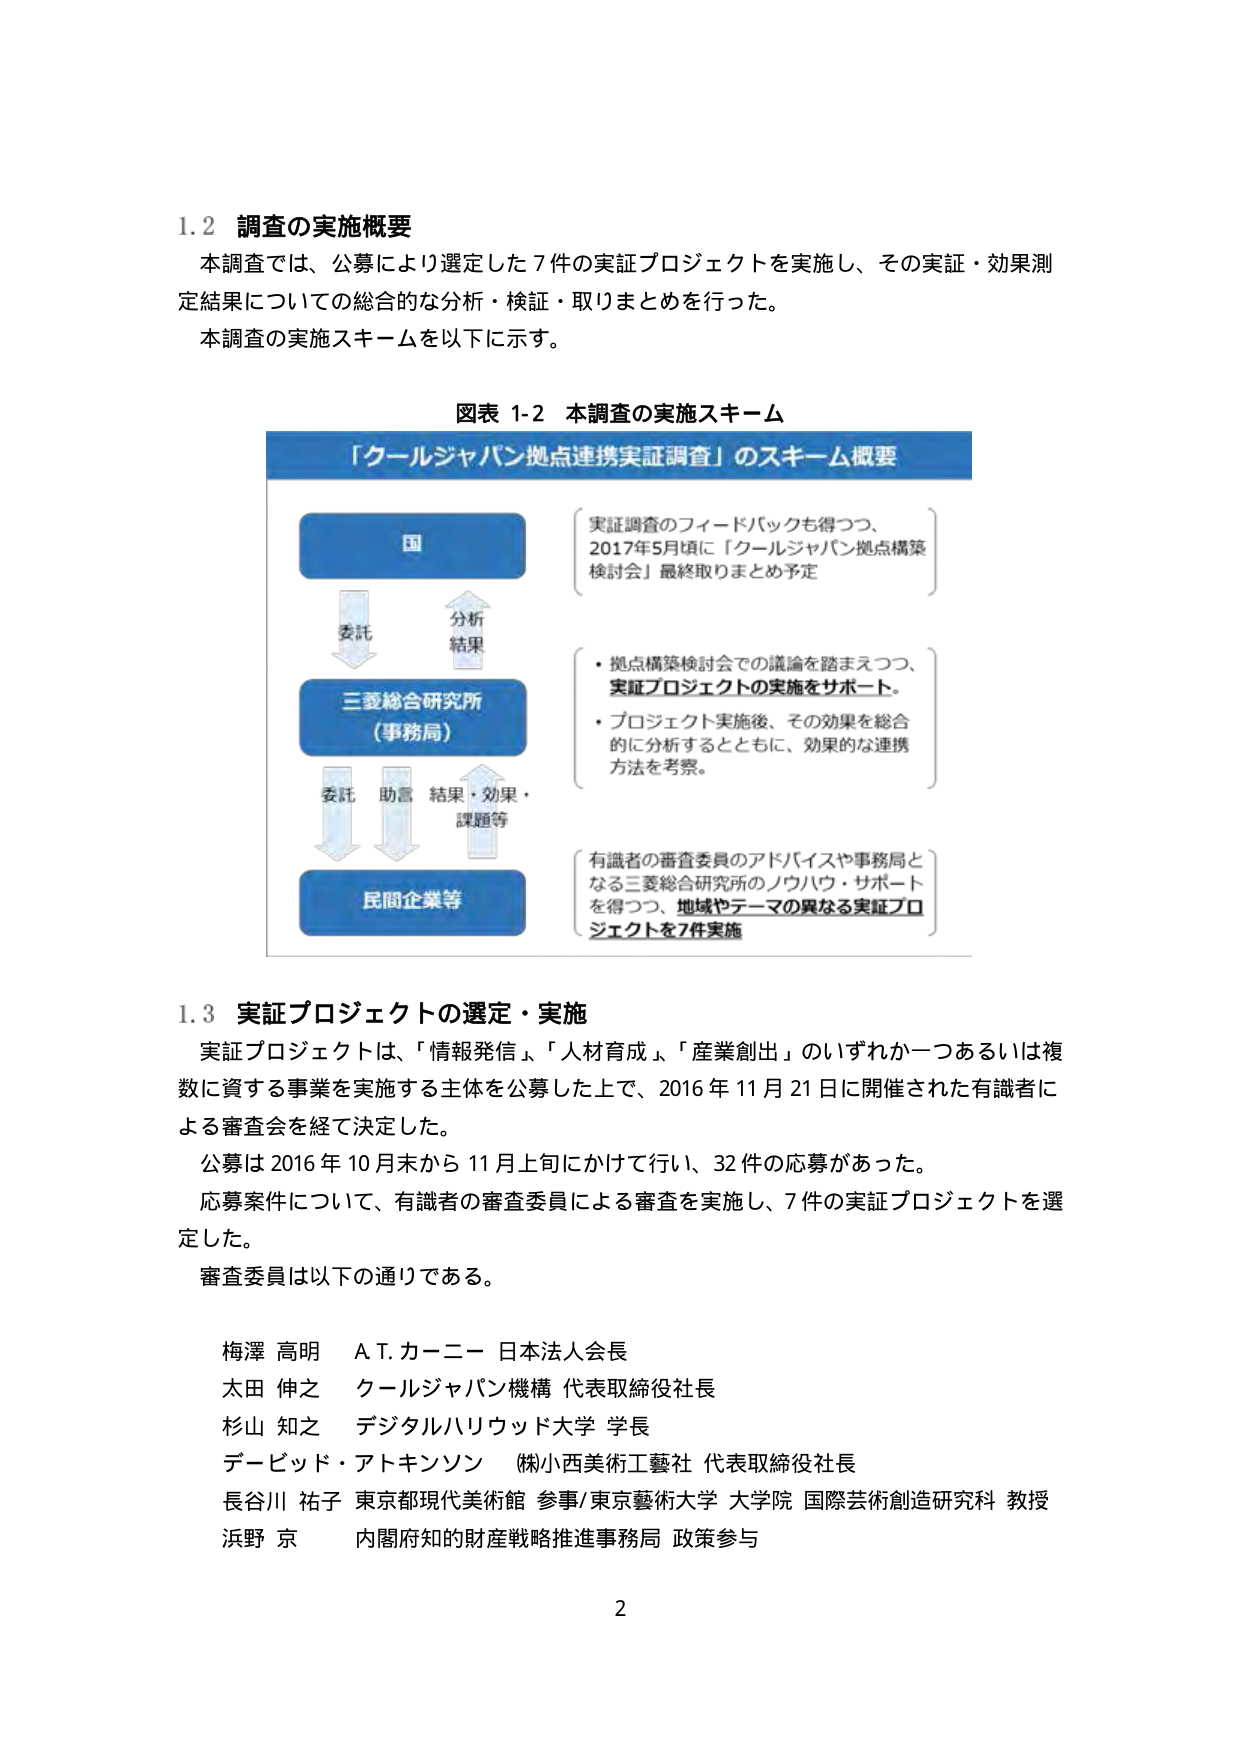
1.2 調査の実施概要
本調査では、公募により選定した7件の実証プロジェクトを実施し、その実証・効果測定結果についての総合的な分析・検証・取りまとめを行った。
本調査の実施スキームを以下に示す。

図表 1-2 本調査の実施スキーム
「クールジャパン拠点連携実証調査」のスキーム概要

国
委託
分析結果

三菱総合研究所
（事務局）
委託 助言 結果・効果・課題等

民間企業等

実証調査のフィードバックも得つつ、
2017年5月頃に「クールジャパン拠点構築検討会」最終取りまとめ予定

・拠点構築検討会での議論を踏まえつつ、
実証プロジェクトの実施をサポート。
・プロジェクト実施後、その効果を総合的に分析するとともに、効果的な連携方法を考察。

有識者の審査委員のアドバイスや事務局となる三菱総合研究所のノウハウ・サポートを得つつ、地域やテーマの異なる実証プロジェクトを7件実施

1.3 実証プロジェクトの選定・実施
実証プロジェクトは、「情報発信」、「人材育成」、「産業創出」のいずれか一つあるいは複数に資する事業を実施する主体を公募した上で、2016年11月21日に開催された有識者による審査会を経て決定した。
公募は2016年10月末から11月上旬にかけて行い、32件の応募があった。
応募案件について、有識者の審査委員による審査を実施し、7件の実証プロジェクトを選定した。
審査委員は以下の通りである。

梅澤 高明 A.T.カーニー 日本法人会長
太田 伸之 クールジャパン機構 代表取締役社長
杉山 知之 デジタルハリウッド大学 学長
デービッド・アトキンソン (株)小西美術工藝社 代表取締役社長
長谷川 祐子 東京都現代美術館 参事/東京藝術大学 大学院 国際芸術創造研究科 教授
浜野 京 内閣府知的財産戦略推進事務局 政策参与

2